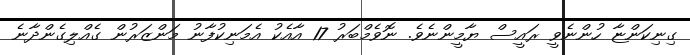
ގިނިކަންޏާ ހުންނެވީ ރައީސް ޔާމީންނެވެ. ނޮވެމްބަރު 17 އާއެކު އެމަނިކުފާނު މަންޒަރުން ގެއްލިގެންދާނެ